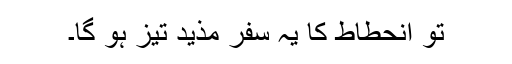
تو انحطاط کا یہ سفر مذید تیز ہو گا۔